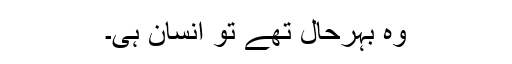
وہ بہرحال تھے تو انسان ہی۔